Lunatic asylums in Bengal annual reports 1899-1911 - 1899-1911
Year: 1899
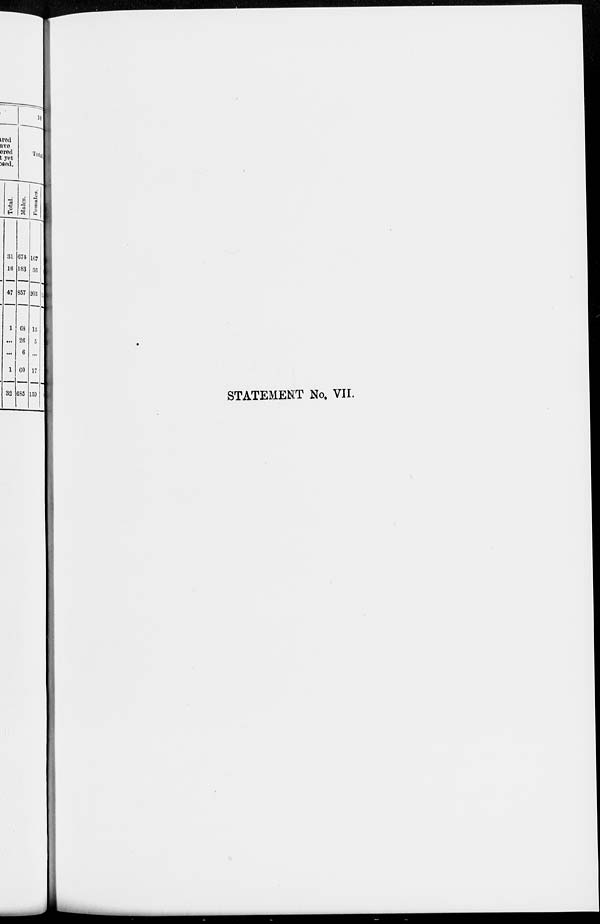
STATEMENT No. VII.